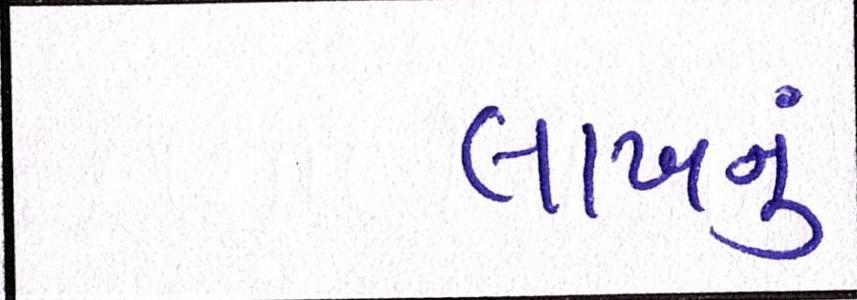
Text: લાખનું